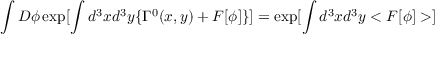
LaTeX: \int D \phi \exp [ \int d ^ { 3 } x d ^ { 3 } y \{ \Gamma ^ { 0 } ( x , y ) + F [ \phi ] \} ] = \exp [ \int d ^ { 3 } x d ^ { 3 } y < F [ \phi ] > ]